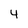
Character: 4